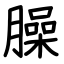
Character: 臊